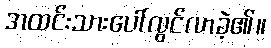
အထင်းသားပေါ်လွင်လာခဲ့၏။